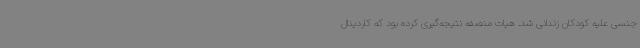
جنسی علیه کودکان زندانی شد. هیات منصفه نتیجه‌گیری کرده بود که کاردینال